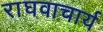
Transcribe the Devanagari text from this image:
राघवाचार्य